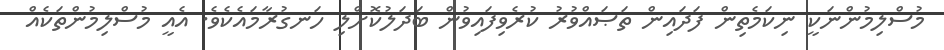
މުސްލިމުންނަކީ ނިކަމެތިން ފަދައިން ތަޞައްވުރު ކުރެވިފައިވުން ބަދަލުކޮށްލި ހަނގުރާމައެކެވެ. އެއީ މުސްލިމުންތަކެއް